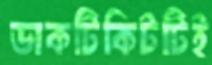
ডাকটিকিটটিই